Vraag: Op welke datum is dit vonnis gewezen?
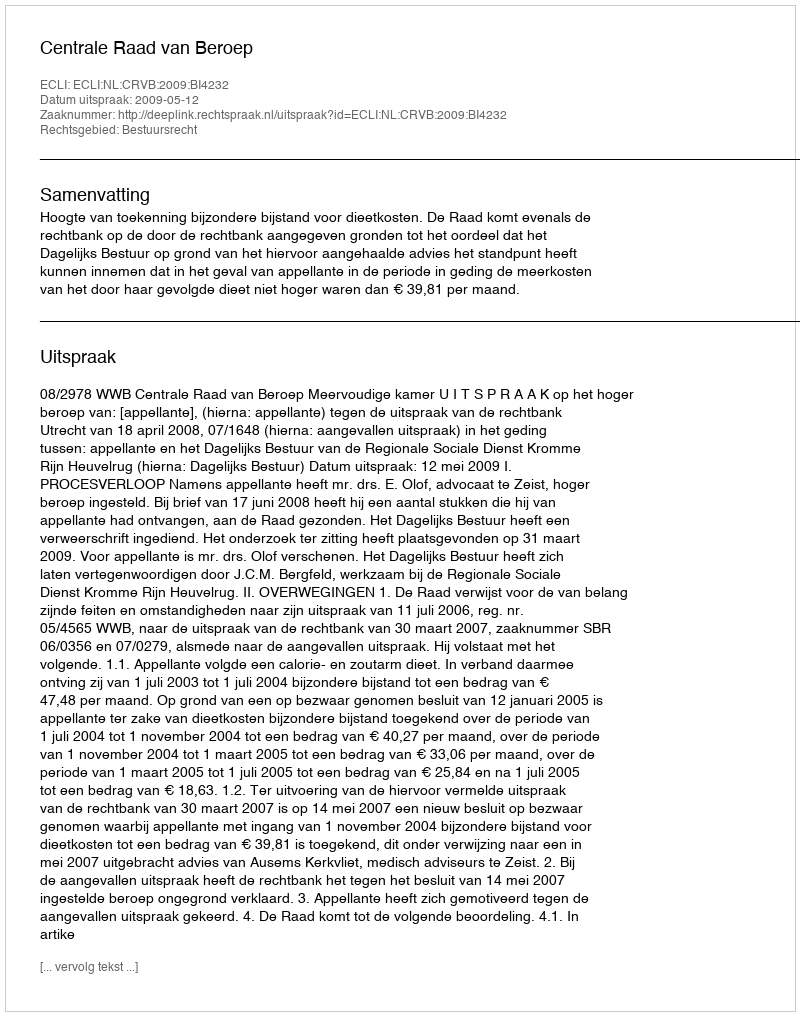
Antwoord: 2009-05-12